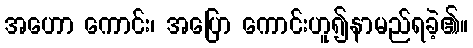
အဟော ကောင်း၊ အပြော ကောင်းဟူ၍နာမည်ရခဲ့၏။